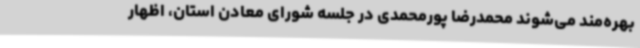
بهره‌مند می‌شوند محمدرضا پورمحمدی در جلسه شورای معادن استان، اظهار